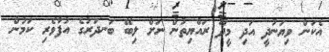
އެކަން ވިޔަނުދީ އަދި މީދޫ ރައްޔިތުން ނަށް ލިބޭ ބަނދަރުގެ އުފާވެރި ކަމުން